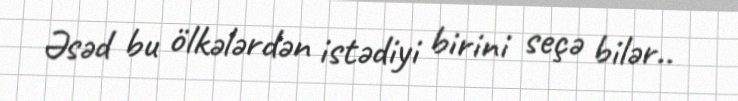
Əsəd bu ölkələrdən istədiyi birini seçə bilər..